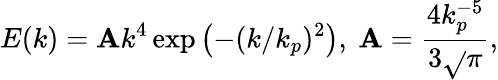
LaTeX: E(k)=\mathbf{A}k^{4}\exp\left(-(k/k_{p})^{2}\right),~\mathbf{A}=\frac{{4k_{p}^{-5}}}{{3\sqrt{}{{\pi}}}},